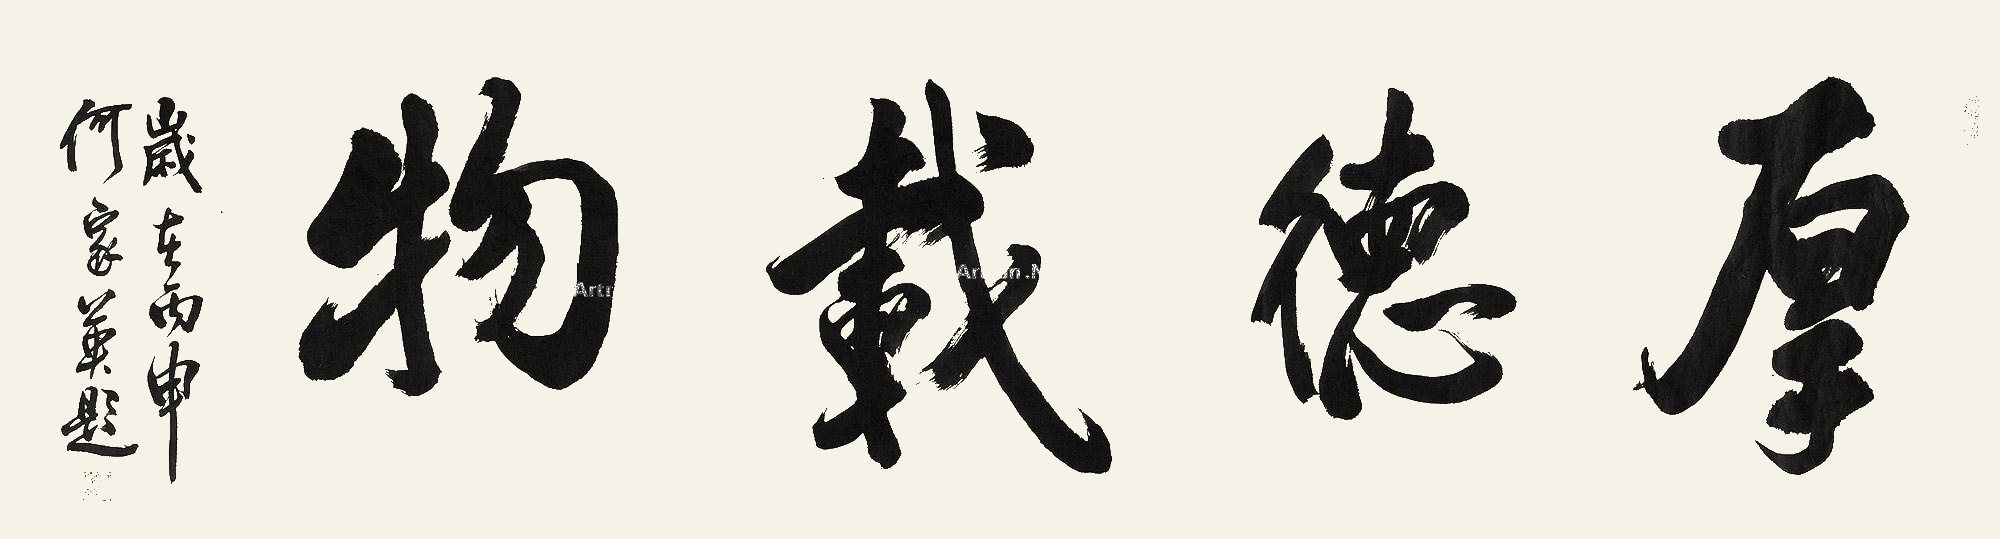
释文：厚德载物岁在丙申，何家英题。